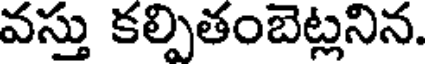
వస్తు కల్పితంబెట్లనిన.